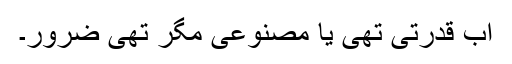
اب قدرتی تھی یا مصنوعی مگر تھی ضرور۔